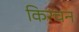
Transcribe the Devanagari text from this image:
किरचन